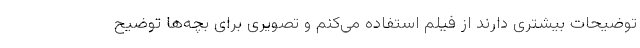
توضیحات بیشتری دارند از فیلم استفاده می‌کنم و تصویری برای بچه‌ها توضیح